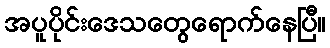
အပူပိုင်းဒေသတွေရောက်နေပြီ။